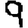
Digit: 9